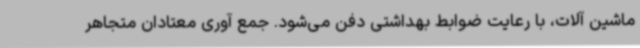
ماشین آلات، با رعایت ضوابط بهداشتی دفن می‌شود. جمع آوری معتادان متجاهر